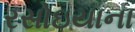
રસોઇયાના